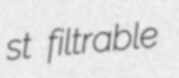
st filtrable